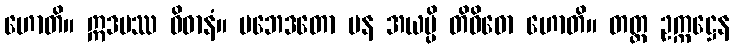
ဟောတိ။ ဣဒမဿ ဝိဓာနံ။ ပဘေဒတော ပန အယမ္ပိ တိဝိဓော ဟောတိ။ တတ္ထ ဥက္ကဋ္ဌေန